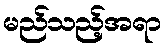
မည်သည့်အရာ